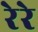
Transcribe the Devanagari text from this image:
रेरे